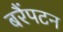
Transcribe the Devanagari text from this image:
बरैंपटन